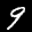
Label: 9